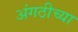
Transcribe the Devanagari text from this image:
अंगठीच्या